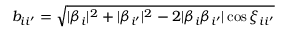
b _ { i i ^ { \prime } } = \sqrt { | \beta _ { i } | ^ { 2 } + | \beta _ { i ^ { \prime } } | ^ { 2 } - 2 | \beta _ { i } \beta _ { i ^ { \prime } } | \cos \xi _ { i i ^ { \prime } } }